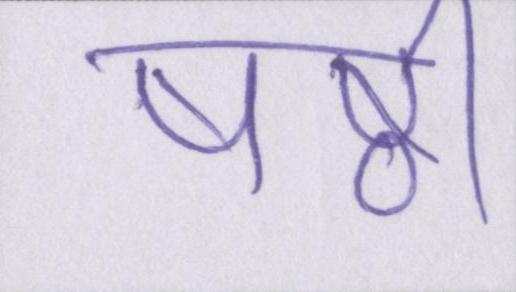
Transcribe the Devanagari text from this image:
षष्ठी